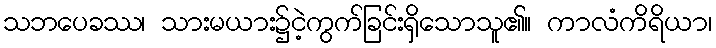
သဘပေခဿ၊ သားမယား၌ငဲ့ကွက်ခြင်းရှိသောသူ၏။ ကာလံကိရိယာ၊